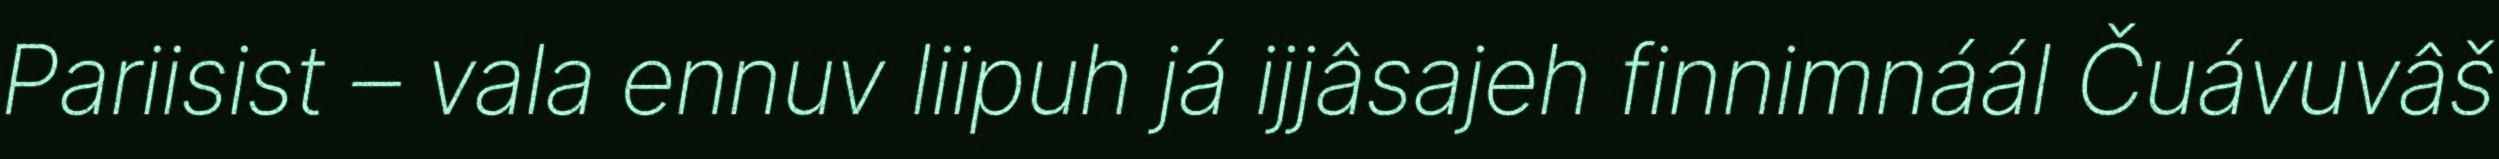
Pariisist – vala ennuv liipuh já ijjâsajeh finnimnáál Čuávuvâš